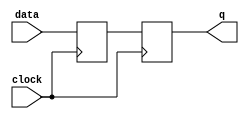
module edge_triggered_latch (
    input data,
    input clock,
    output reg q
);

reg [1:0] d;
reg [1:0] q_next;

always @ (posedge clock) begin
    d <= data;
    q_next <= d;
end

always @ (*) begin
    q <= q_next;
end

endmodule